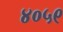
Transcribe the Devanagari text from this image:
४०५९